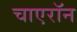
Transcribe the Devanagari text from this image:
चाएरॉन